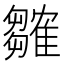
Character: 𬯲